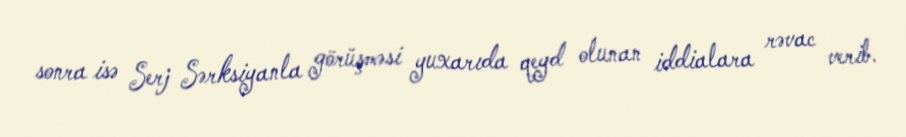
sonra isə Serj Sərksiyanla görüşməsi yuxarıda qeyd olunan iddialara rəvac verib.